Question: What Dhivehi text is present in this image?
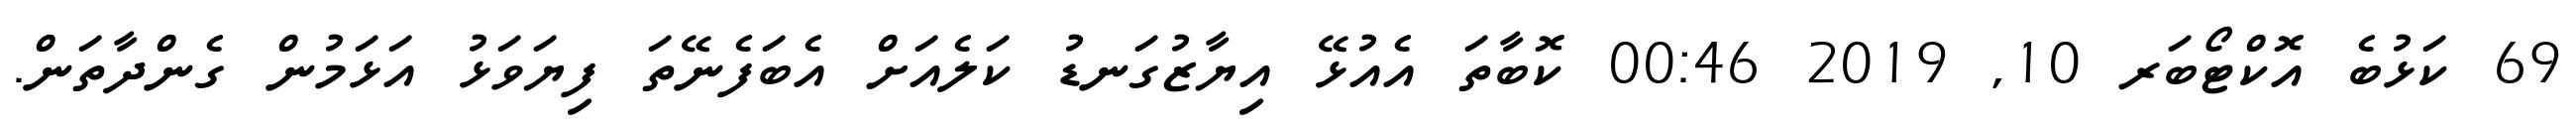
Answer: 69 ކަޅުބެ އޮކްޓޯބަރ 10, 2019 00:46 ކޮބާތަ އެއުޅޭ އިޔާޒުގަނޑު ކަލެއަށް އެބަފެނޭތަ ފިޔަވަޅު އަޅަމުން ގެންދާތަން.